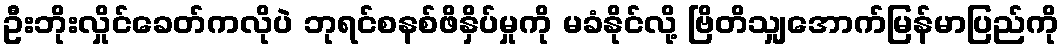
ဦးဘိုးလှိုင်ခေတ်ကလိုပဲ ဘုရင်စနစ်ဖိနှိပ်မှုကို မခံနိုင်လို့ ဗြိတိသျှအောက်မြန်မာပြည်ကို